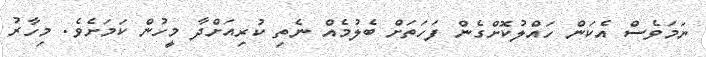
ނަމަވެސް އެކަން ހައްލުކޮށްގެން ފަހަތަށް ބެލުމެއް ނެތި ކުރިއަށްދާ މީހުން ކަމަށެވެ. މިހާރު